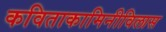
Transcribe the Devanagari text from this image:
कविताकामिनीविलास